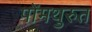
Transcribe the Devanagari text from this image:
पोंमथुरुत